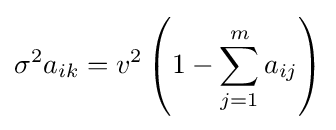
\sigma ^{2}a_{ik}=v^{2}\left(1-\sum _{j=1}^{m}a_{ij}\right)